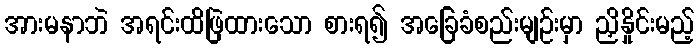
အားမနာဘဲ အရင်းထိဖြဲထားသော စားရ၍ အခြေခံစည်းမျဉ်းမှာ ညှိနှိုင်းမည့်